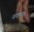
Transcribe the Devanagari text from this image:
नागापासून